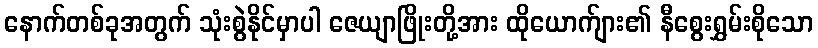
နောက်တစ်ခုအတွက် သုံးစွဲနိုင်မှာပါ ဇေယျာဖြိုးတို့အား ထိုယောက်ျား၏ နီစွေးရွှမ်းစိုသော